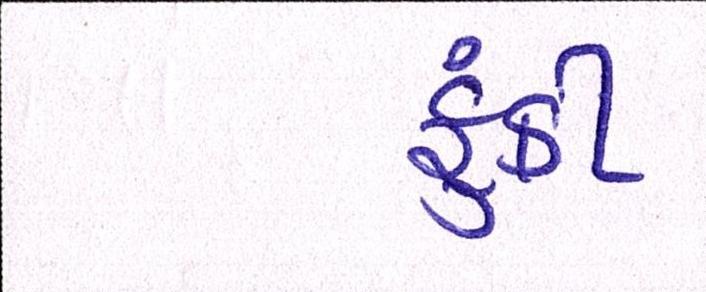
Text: ફૂંકી